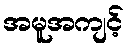
အမူအကျင့်